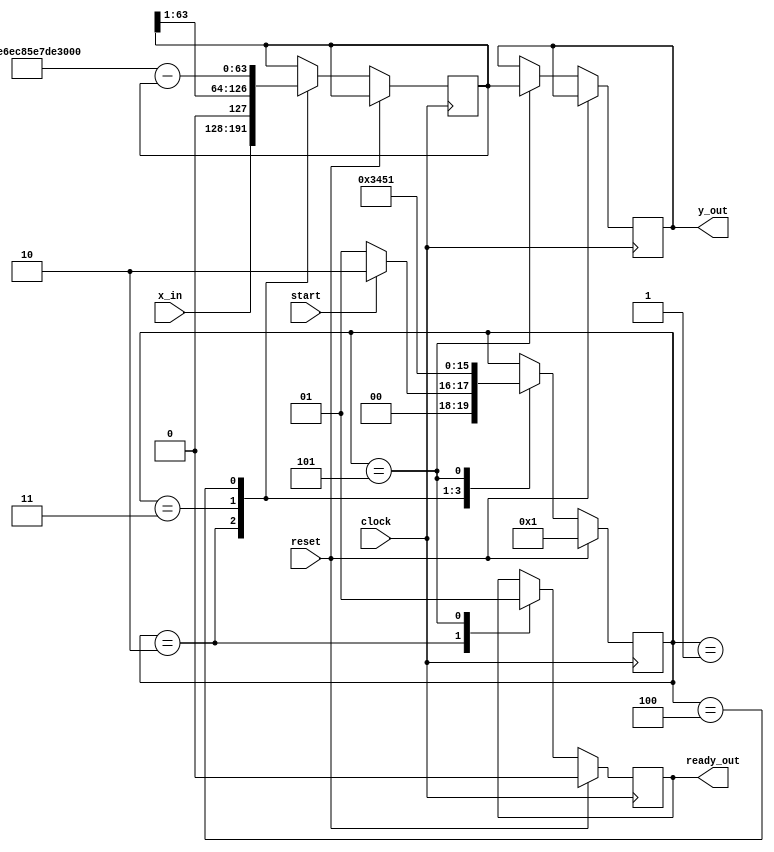
module sqrt_rtl( clock, reset, start, x_in, ready_out, y_out);

input clock, reset;
input start;
input [63:0] x_in;
output reg ready_out;
output reg [63:0] y_out;

parameter magic_const = 'h5FE6EC85E7DE30DA;
parameter S1 = 4'h01, S2 = 4'h02, S3 = 4'h03, S4 = 4'h04, S5 = 4'h05;

reg [3:0] state;
reg [63:0] x;
reg [63:0] x_half;

always @ (posedge clock) begin
    if(reset==1'b1) begin
        ready_out <= 1'b0;
        state <= S1;
        end
    else 
    begin
        case(state)
        S1: begin
            if(start == 1'b1) state <= S2; else state <= S1;
            end
        S2: begin
            x <= x_in;
            ready_out <= 0;
            state <= S3;
            end
        S3: begin
            x <= x>>1;
            state <= S4;
            end
        S4: begin
            x <= magic_const - x;
            state <= S5;
            end
        S5: begin
            y_out <= x;
            ready_out <= 1;
            state <= S1;
            end
        endcase
    end
end
endmodule